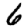
Digit: 6